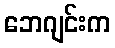
ဘေဂျင်းက